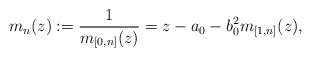
\begin{align*}m_n(z):=\frac1{m_{[0,n]}(z)}=z-a_0-b_0^2 m_{[1,n]}(z),\end{align*}